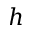
h